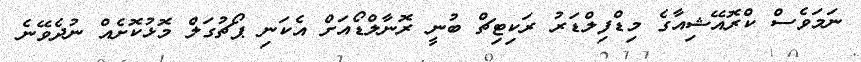
ނަމަވެސް ކްރޮއޭޝިއާގެ މިޑްފިލްޑަރު ރަކިޓިޗް ބުނީ ރޮނާލްޑޯއަށް އެކަނި ޕޯޗުގަލް މޮޅުކޮށެއް ނުދެވޭނެ